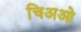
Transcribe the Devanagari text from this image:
चिअओ